Leaving Certificate Examination, 1920
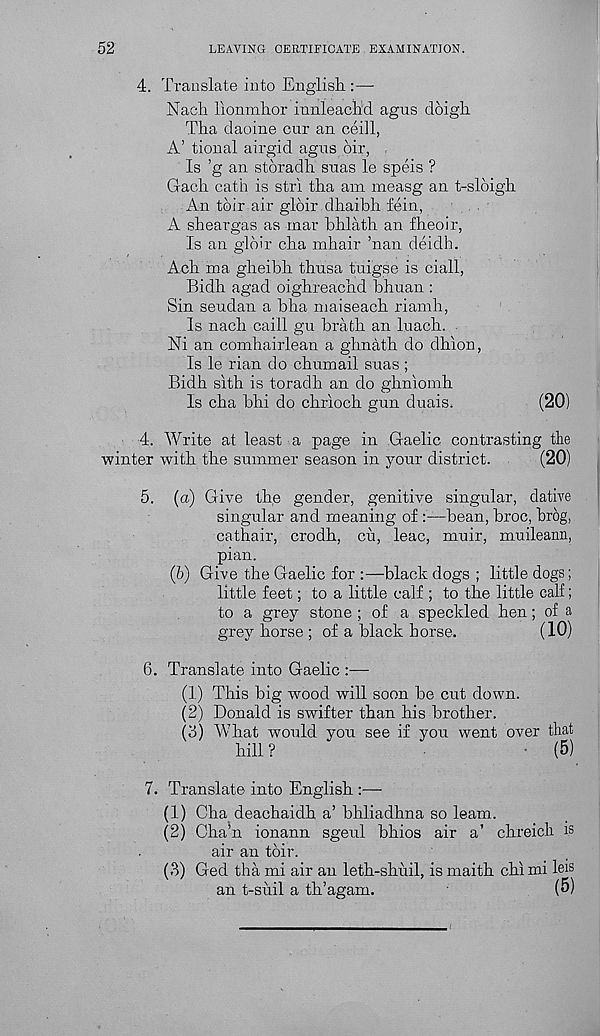
52
LEAVING CERTIFICATE EXAMINATION.
4. Translate into English.:—
Nach lionmhor innleacnd agns doigh
Tha daoine cur an ceill,
A’ tional airgid agus dir,
Is ’g an stdradh suas le speis ?
Gach cath is stri tha am measg an t-sldigh
An tdir air gldir clhaibh fein,
A shear gas as mar bhlath an fheoir,
Is an gldir cha mhair ’nan deidh.
Ach ma gheibh thusa tuigse is ciall,
Bidh agad oighreachd bhuan :
Sin seudan a bha maiseach riamh,
Is nach caill gu brath an luach.
Ni an comhairlean a ghnath do dhion,
Is le rian do chumail suas ;
Bidh sith is toradh an do ghniomh
Is cha bhi do chrioch gun duais.
(20)
4. Write at least a page in .Gaelic contrasting the
winter with the summer season in your district.
(20)
5. (a) Give th,e gender, genitive singular, dative
singular and meaning of :—bean, broc, brog,
cathair, crodh, cu, leac, muir, muileann,
pian.
(b) Give the Gaelic for :—black dogs ; little dogs;
little feet; to a little calf ; to the little calf;
to a grey stone ; of a speckled hen; of a
grey horse ; of a black horse.
(10)
6. Translate into Gaelic :—
(1) This big wood will soon be cut down.
(2) Donald is swifter than his brother.
(3) What would you see if you went over that
hill?
(5)
7. Translate into English :—
(1) Cha deachaidh a’ bhliadhna so learn.
(2) Cha’n ionann sgeul bhios air a’ chreich is
air an tdir.
(3) Ged tha mi air an leth-shuil, is maith chi mi leis
an t-siiil a th’agam.
(5)